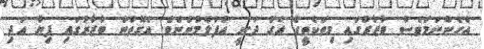
އެހެންނަމަވެސް ބާޒާރުގައި މިތަކެތީގެ އަގު ދަނީ އުފުލެމުންނެވެ. އެގޮތުން ބާޒާރުގައި ފިޔާ އަދި